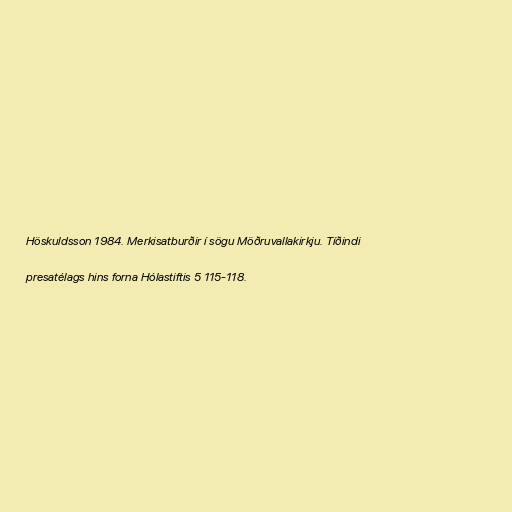
Höskuldsson 1984. Merkisatburðir í sögu Möðruvallakirkju. Tíðindi

presatélags hins forna Hólastiftis 5 115-118.